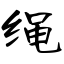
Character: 绳